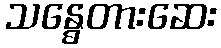
သန္ဓေတားဆေး